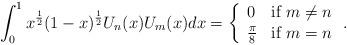
LaTeX: \begin{align*}\int_{0}^{1}x^{\frac{1}{2}}(1-x)^{\frac{1}{2}}U_{n}(x)U_{m}(x)dx=\left\{\begin{array}{ll} 0 & \mbox{if } m\neq n \\\frac{\pi}{8} & \mbox{if } m=n\end{array}\right..\end{align*}